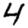
Digit: 4